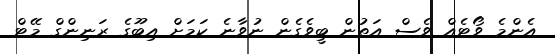
އެންމެ ވޯޓެއް ވެސް އަތުން ބީވެގެން ނުވާނެ ކަމަށް އިބޫގެ ރަނިންގް މޭޓް